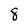
Character: 8